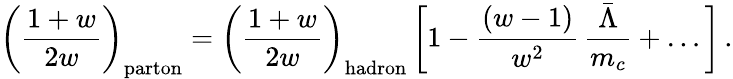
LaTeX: \bigg({\frac{1+w}{2w}}\bigg)_{\mathrm{parton}}=\bigg({\frac{1+w}{2w}}\bigg)_{\mathrm{hadron}}\, \bigg[1-{\frac{(w-1)}{w^{2}}}\, {\frac{\bar{\Lambda}}{m_{c}}}+\ldots\bigg]\, .